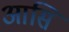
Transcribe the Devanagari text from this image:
आसि